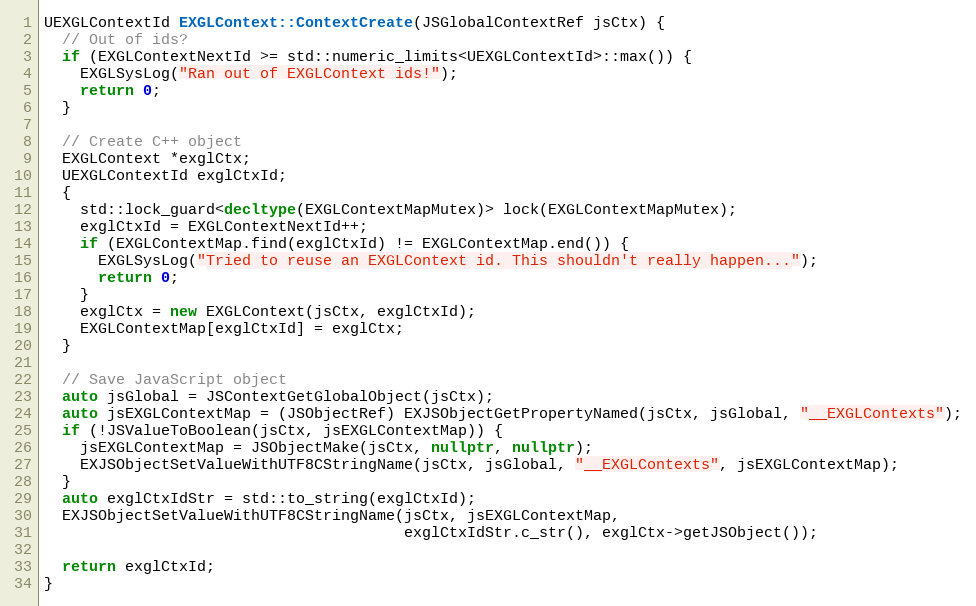
Language: C++
UEXGLContextId EXGLContext::ContextCreate(JSGlobalContextRef jsCtx) {
  // Out of ids?
  if (EXGLContextNextId >= std::numeric_limits<UEXGLContextId>::max()) {
    EXGLSysLog("Ran out of EXGLContext ids!");
    return 0;
  }

  // Create C++ object
  EXGLContext *exglCtx;
  UEXGLContextId exglCtxId;
  {
    std::lock_guard<decltype(EXGLContextMapMutex)> lock(EXGLContextMapMutex);
    exglCtxId = EXGLContextNextId++;
    if (EXGLContextMap.find(exglCtxId) != EXGLContextMap.end()) {
      EXGLSysLog("Tried to reuse an EXGLContext id. This shouldn't really happen...");
      return 0;
    }
    exglCtx = new EXGLContext(jsCtx, exglCtxId);
    EXGLContextMap[exglCtxId] = exglCtx;
  }

  // Save JavaScript object
  auto jsGlobal = JSContextGetGlobalObject(jsCtx);
  auto jsEXGLContextMap = (JSObjectRef) EXJSObjectGetPropertyNamed(jsCtx, jsGlobal, "__EXGLContexts");
  if (!JSValueToBoolean(jsCtx, jsEXGLContextMap)) {
    jsEXGLContextMap = JSObjectMake(jsCtx, nullptr, nullptr);
    EXJSObjectSetValueWithUTF8CStringName(jsCtx, jsGlobal, "__EXGLContexts", jsEXGLContextMap);
  }
  auto exglCtxIdStr = std::to_string(exglCtxId);
  EXJSObjectSetValueWithUTF8CStringName(jsCtx, jsEXGLContextMap,
                                        exglCtxIdStr.c_str(), exglCtx->getJSObject());

  return exglCtxId;
}